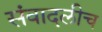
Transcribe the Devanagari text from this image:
संवादलीच